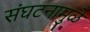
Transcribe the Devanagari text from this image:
संघटनामुळे